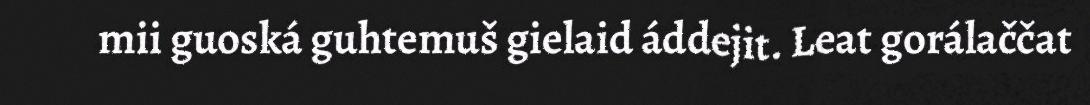
mii guoská guhtemuš gielaid áddejit. Leat gorálaččat